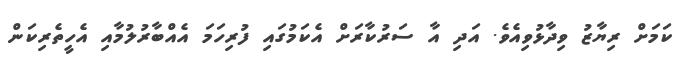
ކަމަށް ރިޔާޒު ވިދާޅުވިއެވެ. އަދި އާ ސަރުކާރަށް އެކަމުގައި ފުރިހަމަ އެއްބާރުލުމާއި އެހީތެރިކަން